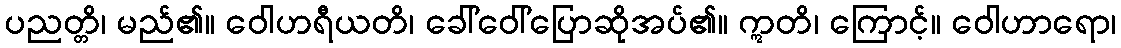
ပညတ္တိ၊ မည်၏။ ဝေါဟရီယတိ၊ ခေါ်ဝေါ်ပြောဆိုအပ်၏။ ဣတိ၊ ကြောင့်။ ဝေါဟာရော၊